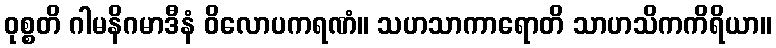
ဝုစ္စတိ ဂါမနိဂမာဒီနံ ဝိလောပကရဏံ။ သဟသာကာရောတိ သာဟသိကကိရိယာ။